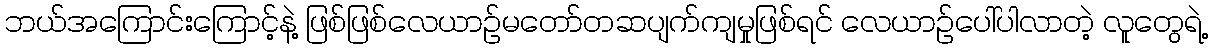
ဘယ်အကြောင်းကြောင့်နဲ့ ဖြစ်ဖြစ်လေယာဉ်မတော်တဆပျက်ကျမှုဖြစ်ရင် လေယာဉ်ပေါ်ပါလာတဲ့ လူတွေရဲ့